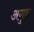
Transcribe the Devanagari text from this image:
अगुष्ठ